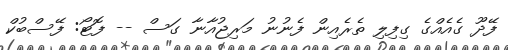
ފޭދޫ ގެއެއްގެ ގިފިލި ތެރެއިން ފެނުނު މަރިޖުއާނާ ގަސް -- ފޮޓޯ: ފޭސްބުކް